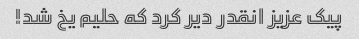
پیک عزیز انقدر دیر کرد که حلیم یخ شد!